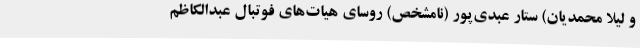
و لیلا محمدیان) ستار عبدی‌پور (نامشخص) روسای هیات‌های فوتبال عبدالکاظم